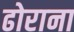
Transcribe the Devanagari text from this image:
ढोराना